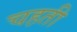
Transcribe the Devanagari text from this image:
चहती